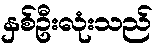
နှစ်ဦးလုံးသည်